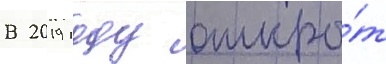
В 2019 году откры́т